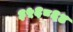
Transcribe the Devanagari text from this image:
३५६८६४